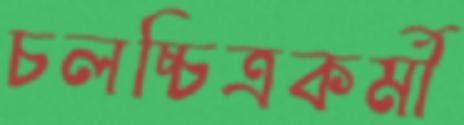
চলচ্চিত্রকর্মী